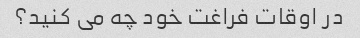
در اوقات فراغت خود چه می کنید؟